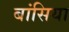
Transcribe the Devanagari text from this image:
बांसिया